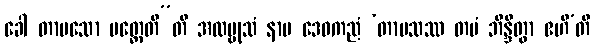
ခေါ တာပသော ပတ္ထေတီ”တိ အလမ္ဗုသံ နာမ ဒေဝကညံ ‘တာပသဿ တပံ ဘိန္ဒိတွာ ဧဟီ’တိ